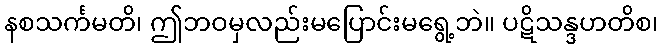
နစသင်္ကမတိ၊ ဤဘဝမှလည်းမပြောင်းမရွေ့ဘဲ။ ပဋိသန္ဒဟတိစ၊